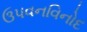
ઉપવનવિનોદ